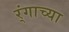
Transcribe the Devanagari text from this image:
र्ंगाच्या